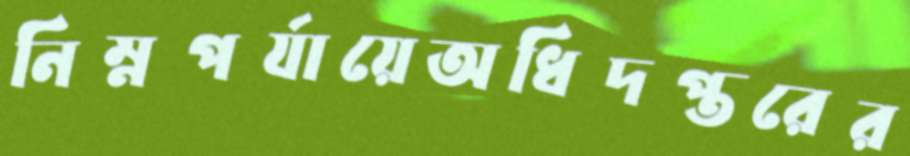
নিম্নপর্যায়েঅধিদপ্তরের